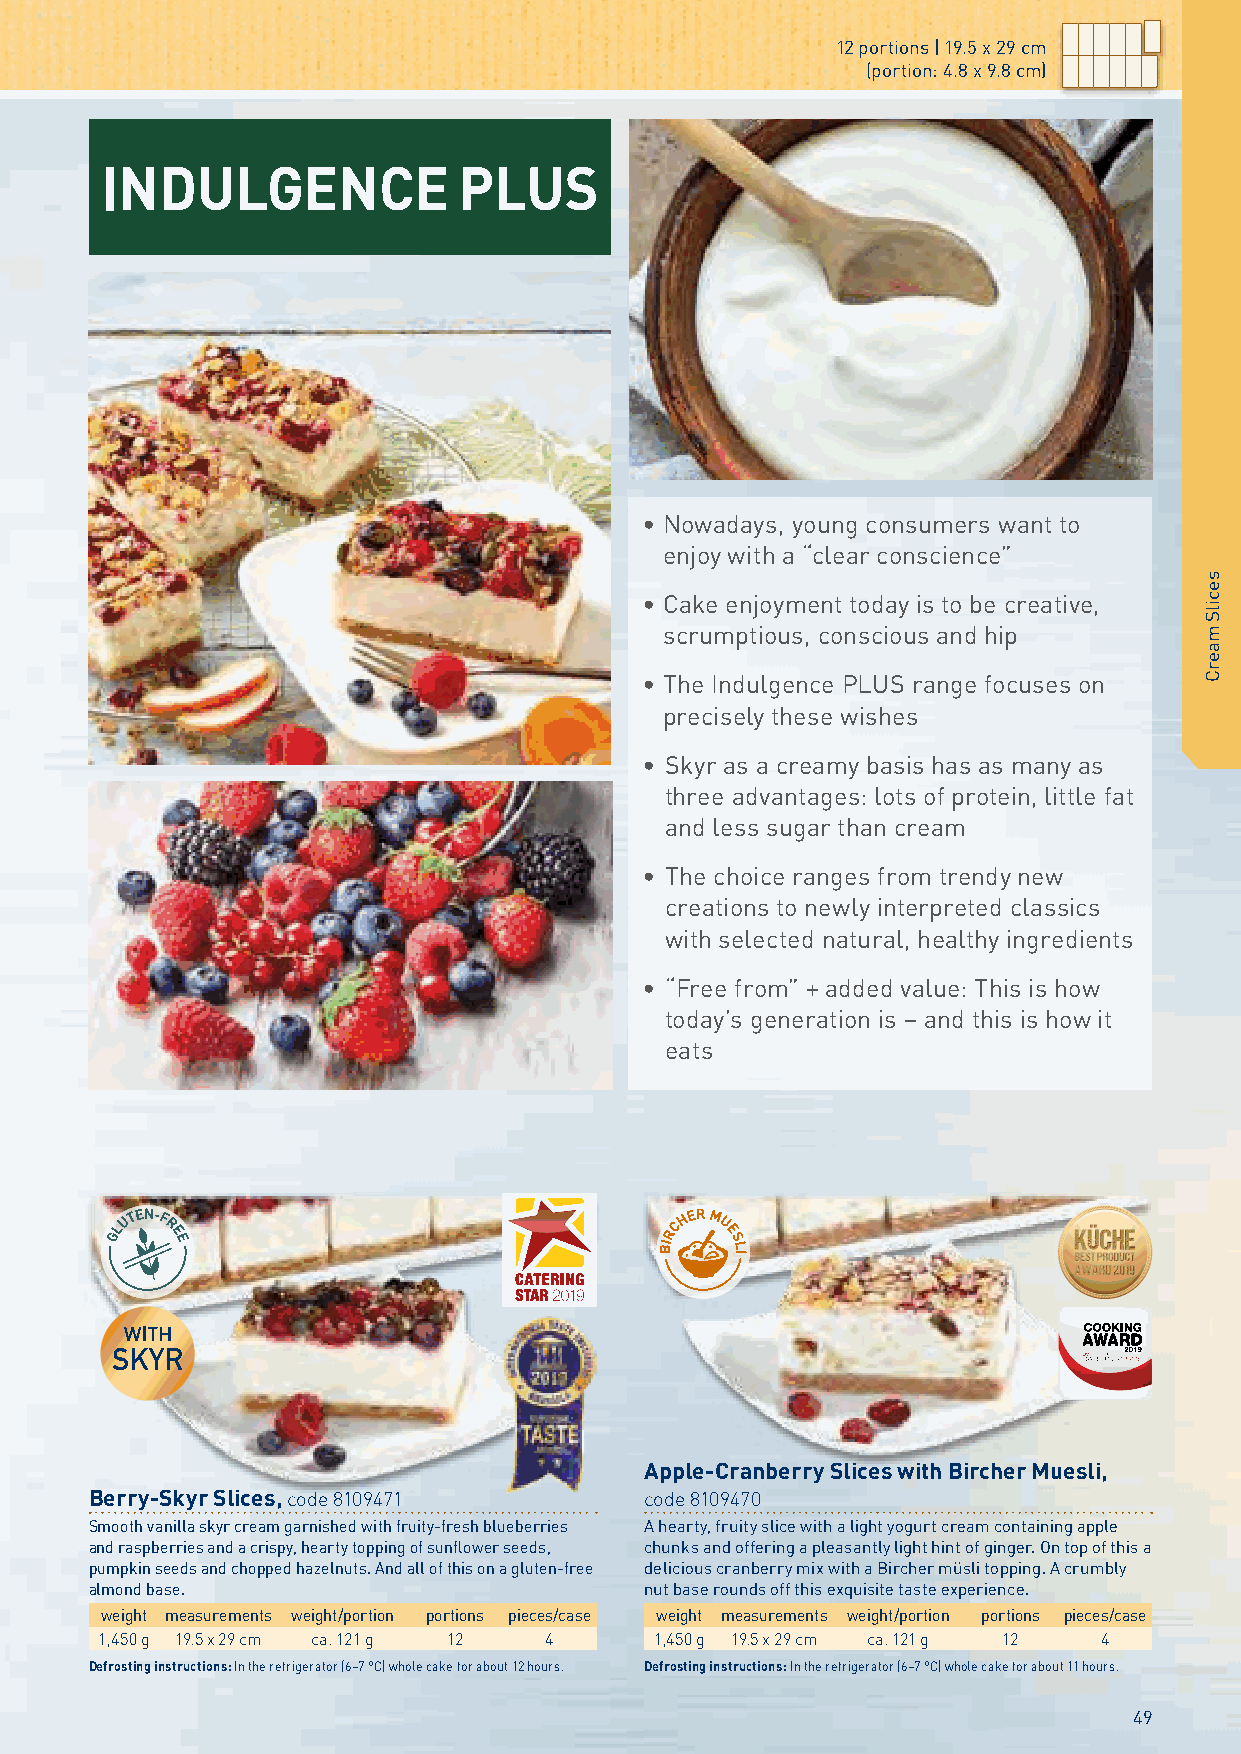
12 portions | 19.5 x 29 cm
 (portion: 4.8 x 9.8 cm)
 INDULGENCE             PLUS
 • Nowadays, young consumers want to
 enjoy with a “clear conscience”
 • Cake enjoyment today is to be creative,
 scrumptious, conscious and hip
 • The Indulgence PLUS range focuses on
 precisely these wishes
 • Skyr as a creamy basis has as many as
 three advantages: lots of protein, little fat
 and less sugar than cream
 • The choice ranges from trendy new
 creations to newly interpreted classics
 with selected natural, healthy ingredients
 • “Free from” + added value: This is how
 today’s generation is – and this is how it
 eats
 Apple-Cranberry Slices with Bircher Muesli,
 Berry-Skyr Slices, code 8109471      code 8109470
 Smooth vanilla skyr cream garnished with fruity-fresh blueberries A hearty, fruity slice with a light yogurt cream containing apple
 and raspberries and a crispy, hearty topping of sunflower seeds, chunks and offering a pleasantly light hint of ginger. On top of this a
 pumpkin seeds and chopped hazelnuts. And all of this on a gluten-free delicious cranberry mix with a Bircher müsli topping. A crumbly
 almond base.                         nut base rounds off this exquisite taste experience.
 weight measurements weight/portion portions pieces/case weight measurements weight/portion portions pieces/case
 1,450 g 19.5 x 29 cm ca. 121 g 12 4 1,450 g 19.5 x 29 cm ca. 121 g 12 4
 Defrosting instructions: In the refrigerator (6–7 °C) whole cake for about 12 hours. Defrosting instructions: In the refrigerator (6–7 °C) whole cake for about 11 hours.
 49
 secilS
 maerC